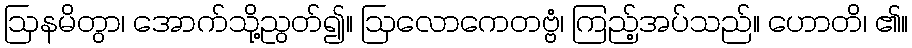
ဩနမိတွာ၊ အောက်သို့ညွတ်၍။ ဩလောကေတဗ္ဗံ၊ ကြည့်အပ်သည်။ ဟောတိ၊ ၏။